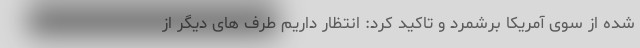
شده از سوی آمریکا برشمرد و تاکید کرد: انتظار داریم طرف های دیگر از